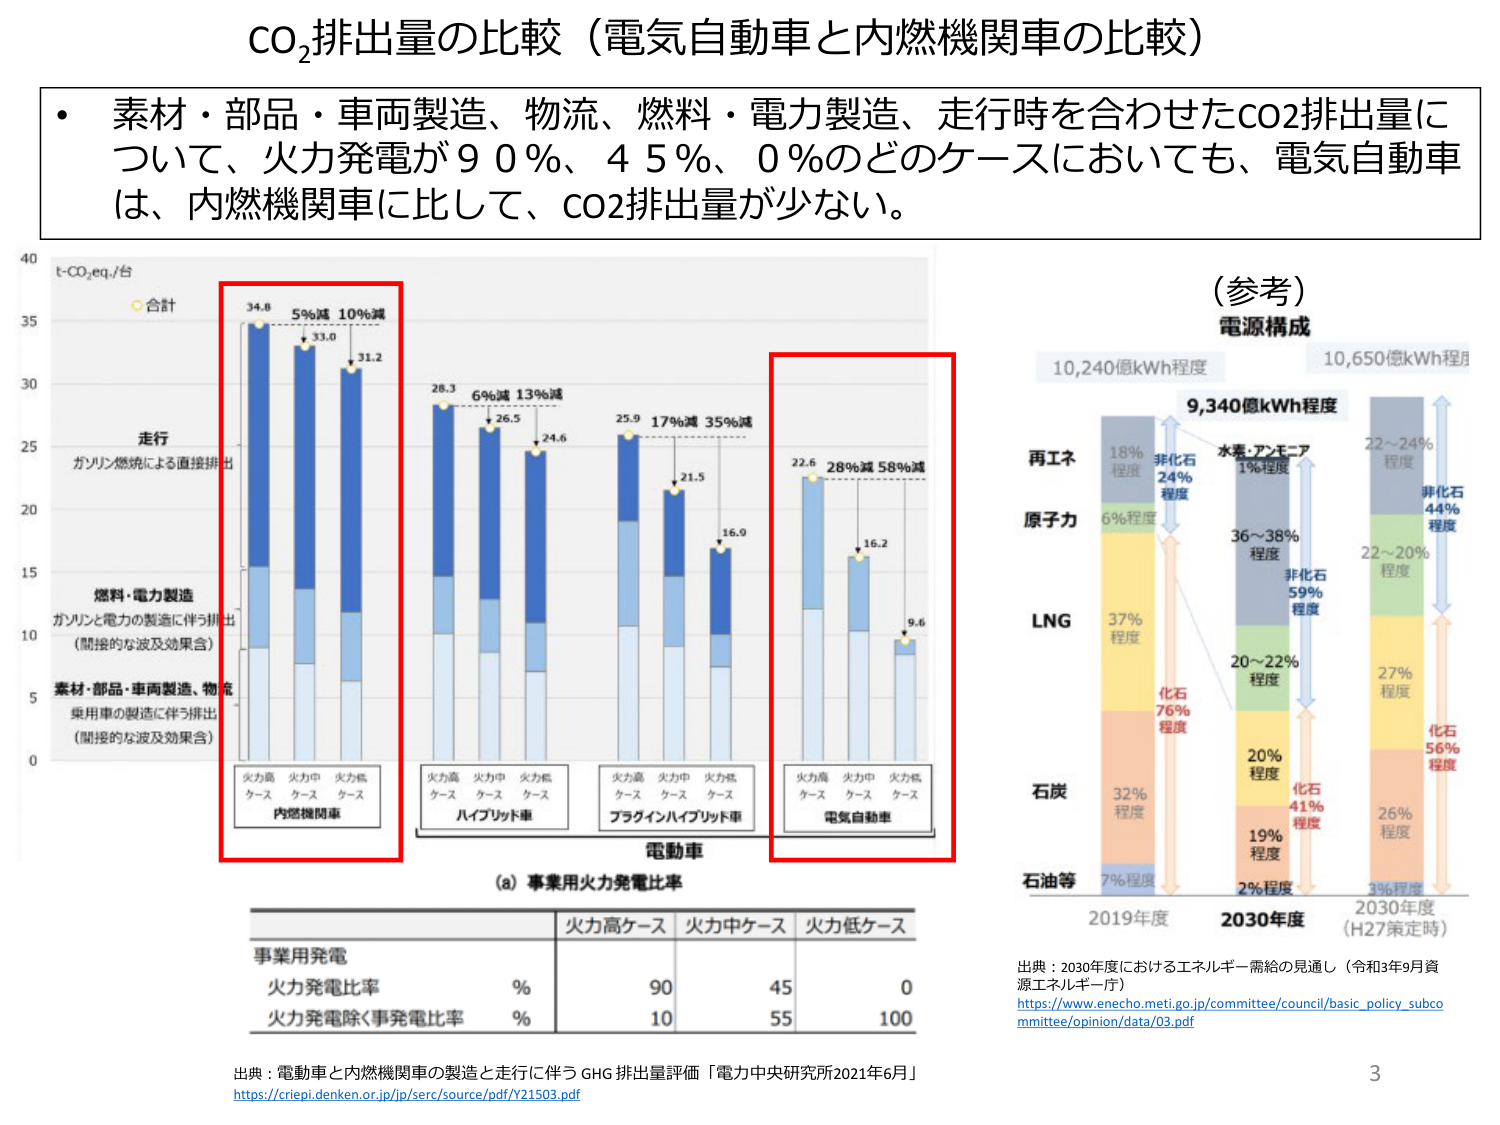
CO₂排出量の比較（電気自動車と内燃機関車の比較）

・素材・部品・車両製造、物流、燃料・電力製造、走行時を合わせたCO2排出量について、火力発電が90％、45％、0％のどのケースにおいても、電気自動車は、内燃機関車に比して、CO2排出量が少ない。

40
t-CO₂eq./台
合計

35
34.8 5%減 10%減
33.0
31.2

30

25
28.3 6%減 13%減
26.5
24.6

25.9 17%減 35%減
21.5
16.0

22.6 28%減 58%減
16.2
9.6

20

15

10
走行
ガソリン燃焼による直接排出

燃料・電力製造
ガソリンと電力の製造に伴う排出
（間接的な波及効果含）

素材・部品・車両製造、物流
乗用車の製造に伴う排出
（間接的な波及効果含）

0

火力高
ケース
内燃機関車

火力中
ケース

火力低
ケース

火力高
ケース
ハイブリッド車

火力中
ケース

火力低
ケース

火力高
ケース
プラグインハイブリッド車

火力中
ケース

火力低
ケース

電気自動車

電動車

(a) 事業用火力発電比率

事業用発電
火力発電比率 % 90 45 0
火力発電除く事業用発電比率 % 10 55 100

出典：電動車と内燃機関車の製造と走行に伴うGHG排出量評価「電力中央研究所2021年6月」
https://criepi.denken.or.jp/p/serc/source/pdf/Y21503.pdf

（参考）
電源構成

10,240億kWh程度
10,650億kWh程度
9,340億kWh程度

再エネ
18% 程度
非化石 24% 程度
水素・アンモニア 1%程度
22～24% 程度
非化石 44% 程度

原子力
6%程度
36～38% 程度
非化石 59% 程度
22～20% 程度

LNG
37% 程度
20～22% 程度
27% 程度

化石 76% 程度
20% 程度
化石 41% 程度
26% 程度

石炭
32% 程度
19% 程度

石油等
7%程度
2%程度
3%程度

2019年度
2030年度
2030年度（H27策定時）

出典：2030年度におけるエネルギー需給の見通し（令和3年9月資源エネルギー庁）
https://www.enecho.meti.go.jp/committee/council/basic_policy_subcommittee/opinion/data/03.pdf

3